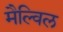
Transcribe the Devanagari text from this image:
मैल्विल